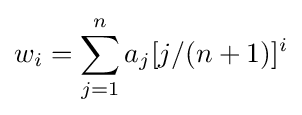
w_{i}=\sum _{j=1}^{n}a_{j}[j/(n+1)]^{i}